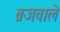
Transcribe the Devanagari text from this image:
ब्रजवाले